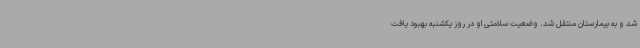
شد و به بیمارستان منتقل شد. وضعیت سلامتی او در روز یکشنبه بهبود یافت